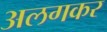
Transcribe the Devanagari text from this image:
अलगकर